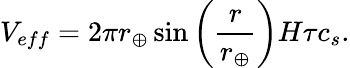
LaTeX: V_{eff}=2\pi r_{\oplus}\sin\left(\frac{r}{r_{\oplus}}\right)H\tau c_{s}.